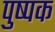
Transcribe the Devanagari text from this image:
पुष्‍पक